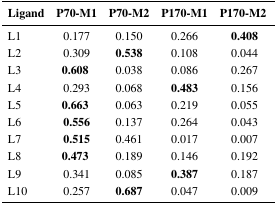
<table><thead><tr><td><b>Ligand</b></td><td><b>P70-M1</b></td><td><b>P70-M2</b></td><td><b>P170-M1</b></td><td><b>P170-M2</b></td></tr></thead><tbody><tr><td>L1</td><td>0.177</td><td>0.150</td><td>0.266</td><td><b>0.408</b></td></tr><tr><td>L2</td><td>0.309</td><td><b>0.538</b></td><td>0.108</td><td>0.044</td></tr><tr><td>L3</td><td><b>0.608</b></td><td>0.038</td><td>0.086</td><td>0.267</td></tr><tr><td>L4</td><td>0.293</td><td>0.068</td><td><b>0.483</b></td><td>0.156</td></tr><tr><td>L5</td><td><b>0.663</b></td><td>0.063</td><td>0.219</td><td>0.055</td></tr><tr><td>L6</td><td><b>0.556</b></td><td>0.137</td><td>0.264</td><td>0.043</td></tr><tr><td>L7</td><td><b>0.515</b></td><td>0.461</td><td>0.017</td><td>0.007</td></tr><tr><td>L8</td><td><b>0.473</b></td><td>0.189</td><td>0.146</td><td>0.192</td></tr><tr><td>L9</td><td>0.341</td><td>0.085</td><td><b>0.387</b></td><td>0.187</td></tr><tr><td>L10</td><td>0.257</td><td><b>0.687</b></td><td>0.047</td><td>0.009</td></tr></tbody></table>